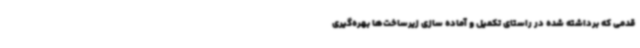
قدمی که برداشته شده در راستای تکمیل و آماده سازی زیرساخت‌ها بهره‌گیری